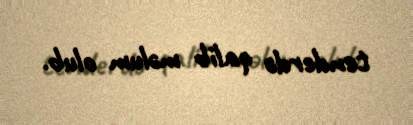
tenderdə qalib məlum olub.